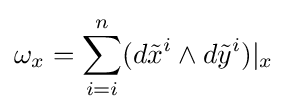
\omega _{x}=\sum _{i=i}^{n}(d{\tilde {x}}^{i}\wedge d{\tilde {y}}^{i})|_{x}